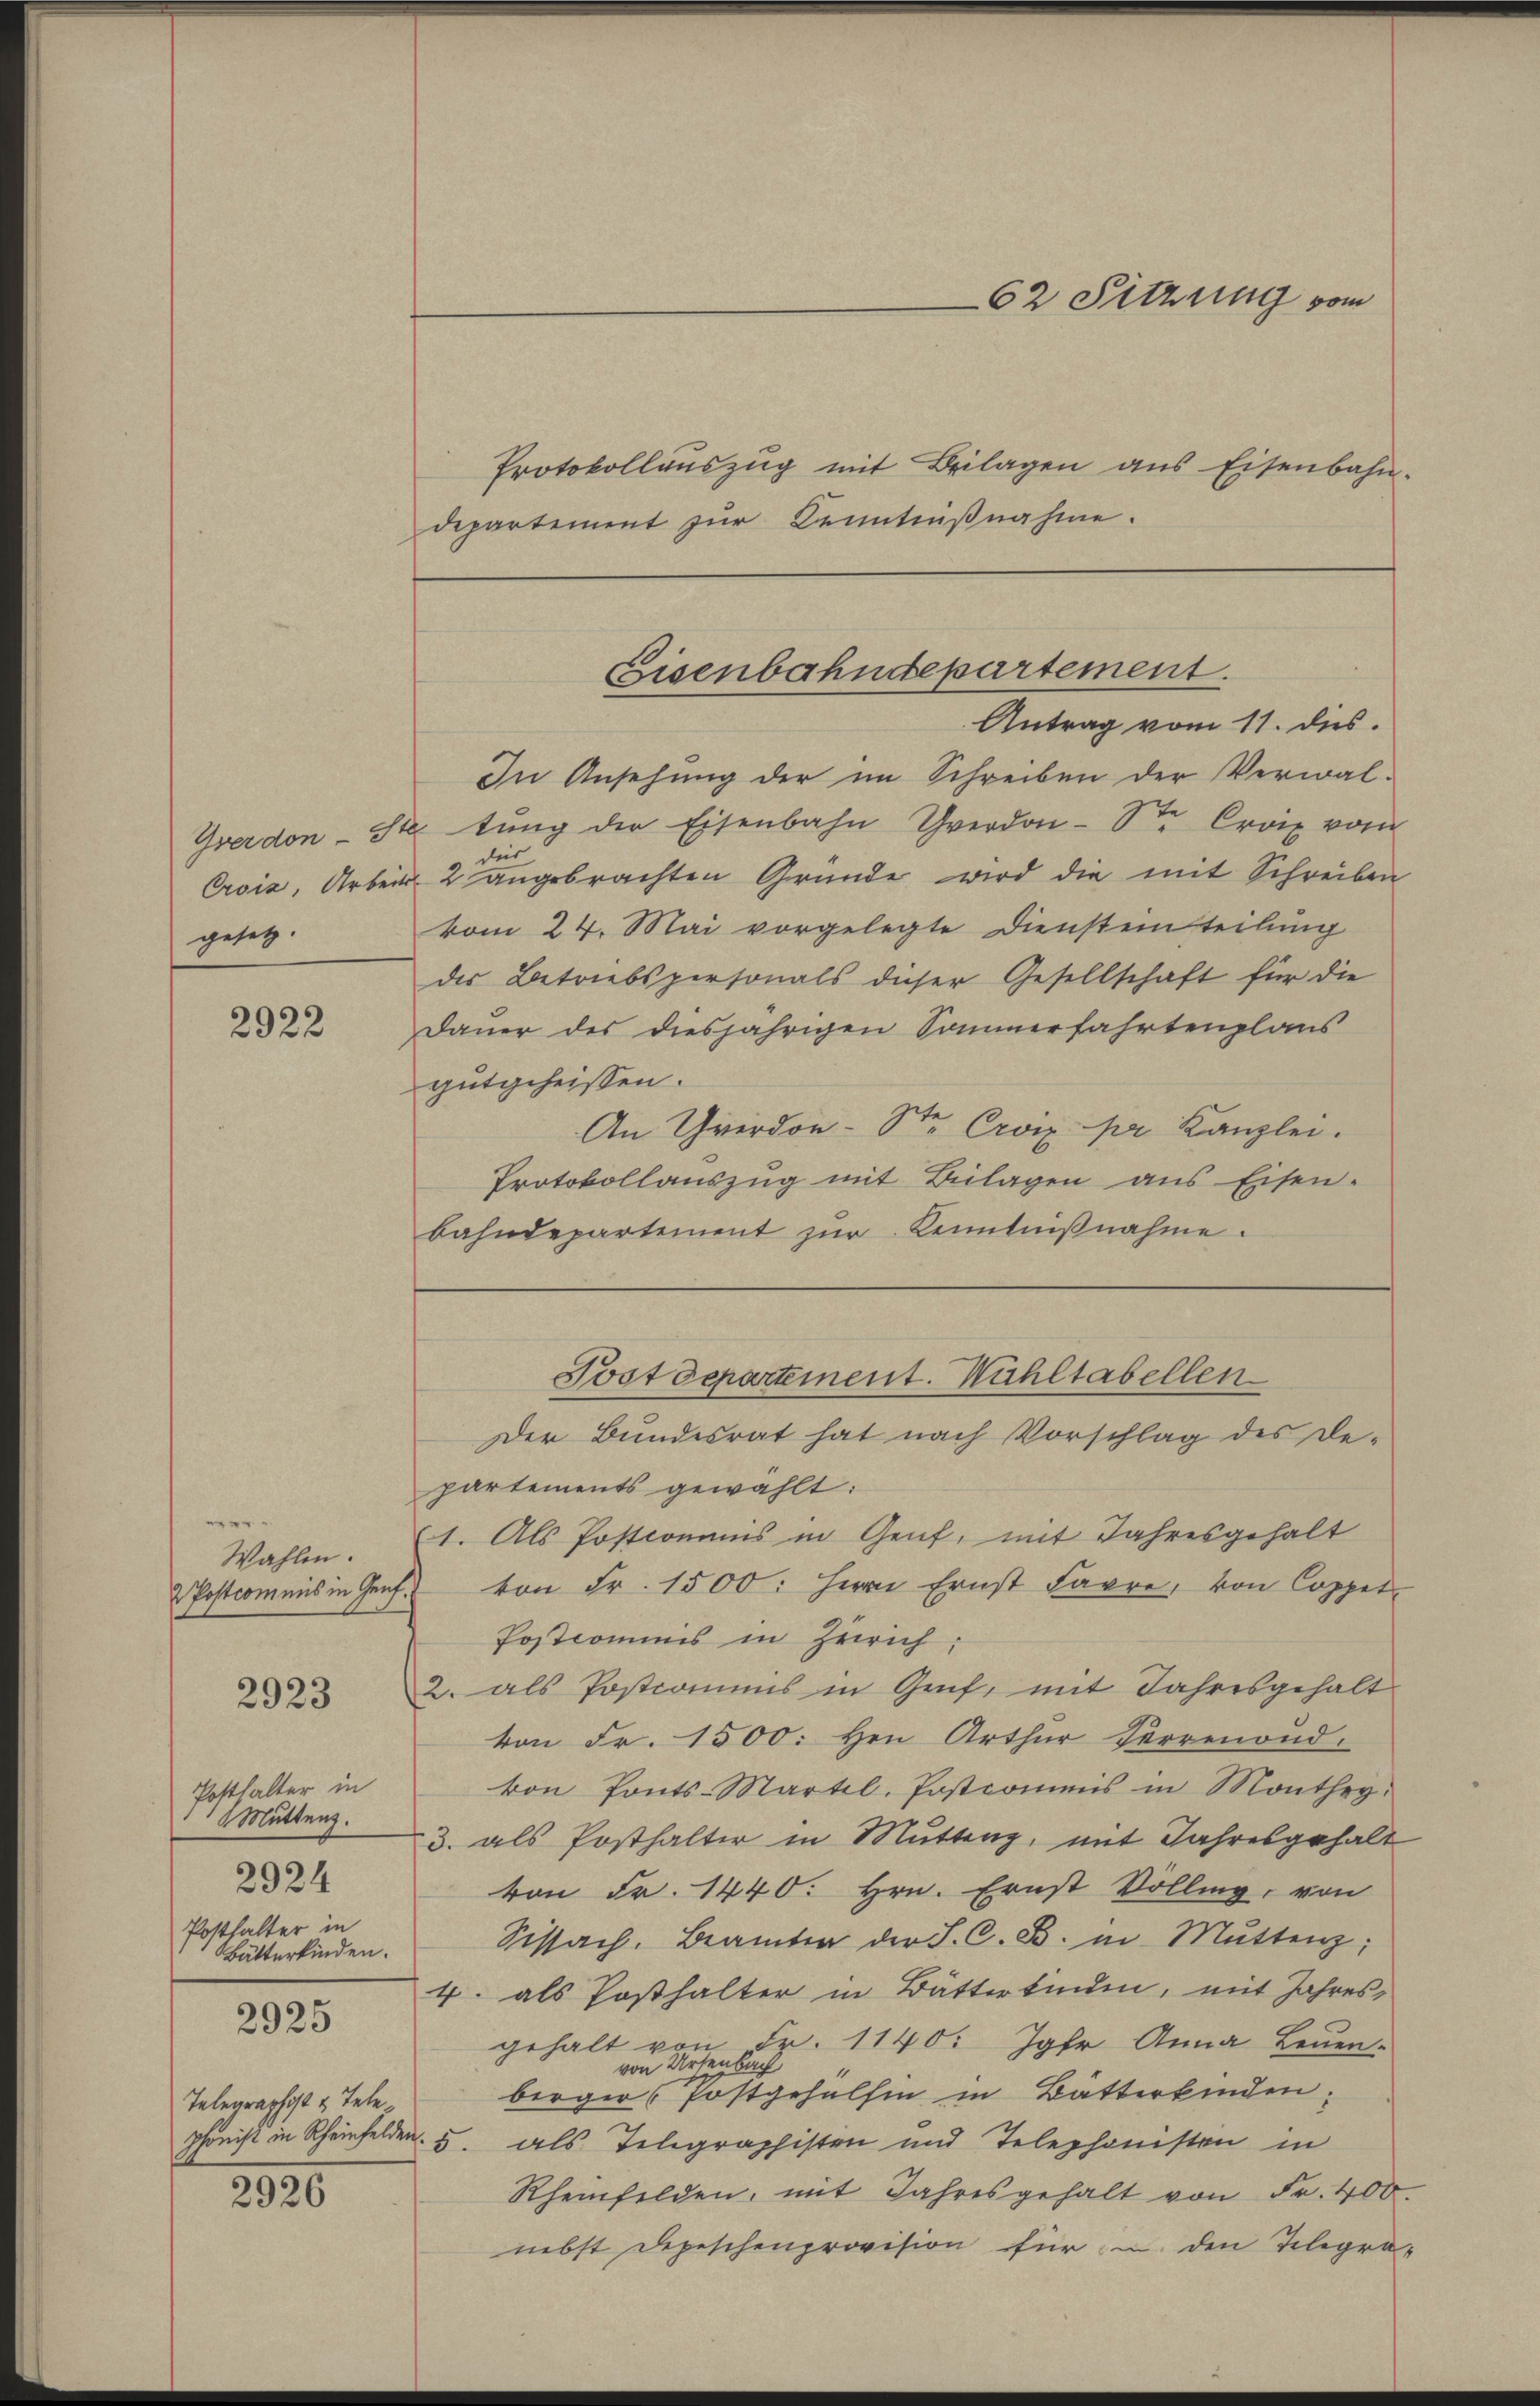
gesetz.

2922

¬
Wahlen.

2923

Posthalter in
Muttenz.
2924
Posthalter in
ätterkinden.

2925

Telegraphist u. Tele

2926

Protokollaŭszŭg mit Beilagen ans Eisenbahn-
departement zur Kenntnißnahme.

Antrag vom 11. dies.
In Ansehung der im Schreiben der Verwal¬
Yverdon Statŭng der Eisenbahn Yverdon-Ste Croix vom
des
Erois, Arbeit 2 angebrachten Gründe wird die mit Schreiben
vom 24. Mai vorgelegte Diensteinteilung
des Betriebspersonals dieser Gesellschaft für die
Dauer des diesjährigen Sommerfahrtenplans
gutgeheissen.
An Gerdon- St. Croix pr. Kanzlei.
Protokollaŭszŭg mit Beilagen ans Eisen-
bahndepartement zŭr Kenntniβnahme.

62 Sitzung vom

Eisenbahndepartement.

Der Bundesrat hat nach Vorschlag des De-
partements gewählt:
1. Als Postcomanis in Genf, mit Jahresgehalt
2 Postcommis in Genf von Fr. 1500: Herrn Ernst Favre, von Coppet¬
Postcommis in Zürich;
2. als Postionens in Genf, mit Jahresgehalt
von Fr. 1500. Hrn. Arthur Herrenoud.
von Ponts-Martel. Postcommis in Monthey
3. als Posthalter in Mutten, mit Jahresgehalt
von Fr. 1440. Hrn. Ernst Volling, von
Sissach. Beamter der J. C. B. in Mŭttenz;
4. als Posthalter in Bätterkinden, mit Jahres
gehalt von Fr. 1140. Jahr Anna Leuen-
von Ursenbach
berger Postgehülfen in Bätterkinden:
phonist in Rheinfelden 5. als Telegraphisten und Telephonisten in
Rheinfelden, mit Jahresgehalt von Fr. 400.
nebst Depeschenprovision für u. den Telegra-

Postdepartement. Wahltabellen